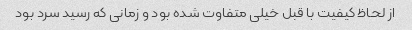
از لحاظ کیفیت با قبل خیلی متفاوت شده بود و زمانی که رسید سرد بود